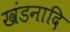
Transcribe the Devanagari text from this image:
खंडनादि